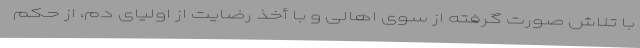
با تلاش صورت گرفته از سوی اهالی و با أخذ رضایت از اولیای دم، از حکم